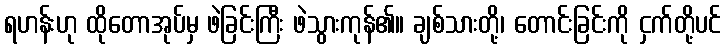
ရဟန်းဟု ထိုတောအုပ်မှ ဖဲခြင်းကြီး ဖဲသွားကုန်၏။ ချစ်သားတို့၊ တောင်းခြင်းကို ငှက်တို့ပင်